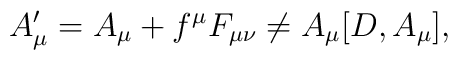
A_\mu'=A_\mu +f^\mu F_{\mu \nu} \not=A_\mu [D,A_\mu],